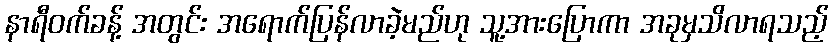
နာရီဝက်ခန့် အတွင်း အရောက်ပြန်လာခဲ့မည်ဟု သူ့အားပြောကာ အခုမှသိလာရသည့်